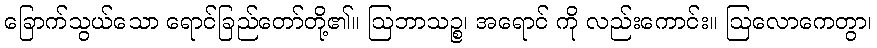
ခြောက်သွယ်သော ရောင်ခြည်တော်တို့၏။ ဩဘာသဉ္စ၊ အရောင် ကို လည်းကောင်း။ ဩလောကေတွာ၊